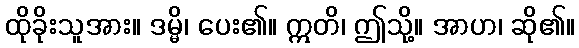
ထိုခိုးသူအား။ ဒမ္မိ၊ ပေး၏။ ဣတိ၊ ဤသို့။ အာဟ၊ ဆို၏။